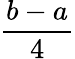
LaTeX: \frac{b-a}{4}